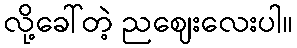
လို့ခေါ်တဲ့ ညဈေးလေးပါ။